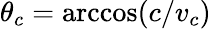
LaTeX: \theta_{c}=\operatorname{arccos}(c/v_{c})